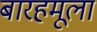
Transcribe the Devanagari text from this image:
बारहमूला